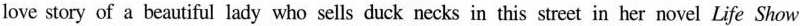
love story of a beautiful lady who sells duck necks in this street in her novel Life Show.